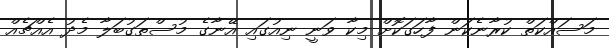
މަސައްކަތް ކުރާނެކަން ފާހަގަކޮށް މިކާ ވަނީ ނިއުގައި އޭނާގެ މުސްތަގުބަލާ މެދު އެއްޗެއް